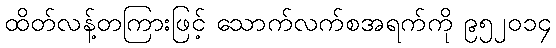
ထိတ်လန့်တကြားဖြင့် သောက်လက်စအရက်ကို ၉၅၂၀၁၄